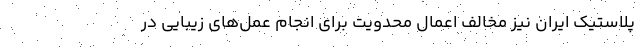
پلاستیک ایران نیز مخالف اعمال محدویت برای انجام عمل‌های زیبایی در